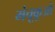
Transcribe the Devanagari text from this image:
मंचूकूओ